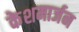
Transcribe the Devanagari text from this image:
केशमार्जन